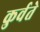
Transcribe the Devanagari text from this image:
कुर्वते